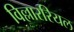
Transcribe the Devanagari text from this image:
विल्लाररियल